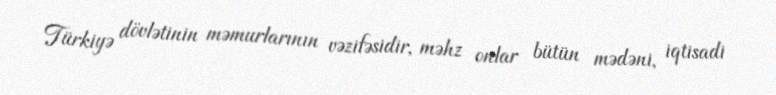
Türkiyə dövlətinin məmurlarının vəzifəsidir, məhz onlar bütün mədəni, iqtisadi